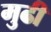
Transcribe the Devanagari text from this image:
मुढी